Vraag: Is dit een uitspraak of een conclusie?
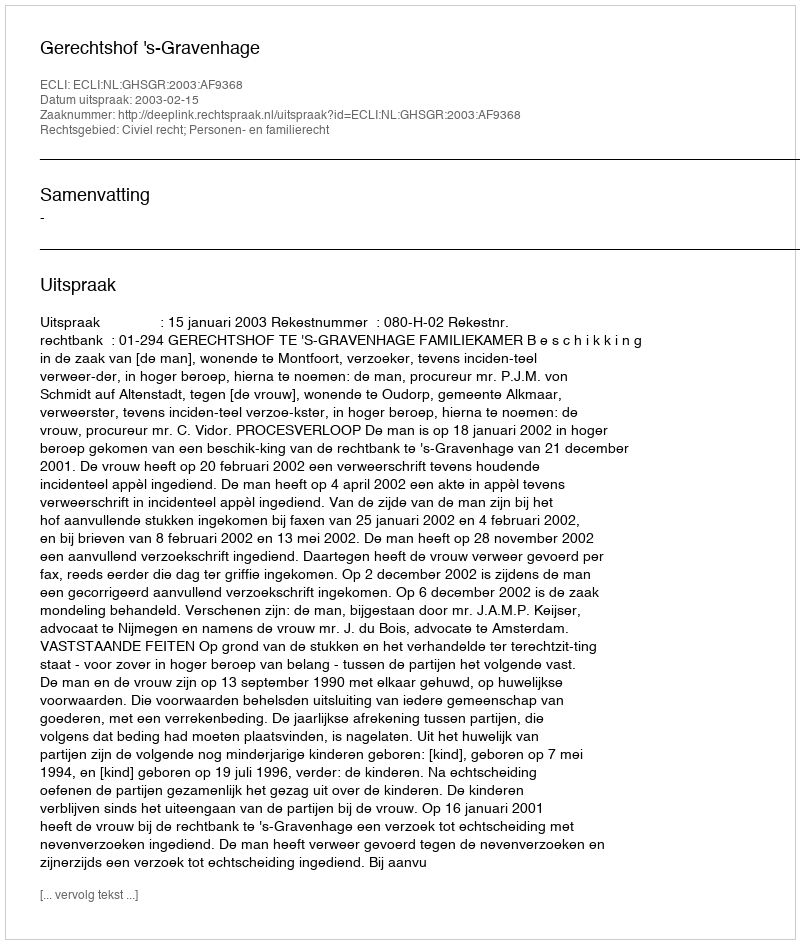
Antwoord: Uitspraak